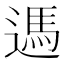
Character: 遤